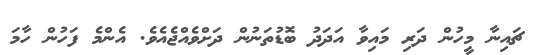
ޗައިނާ މީހުން ދަރި މައިވާ އަދަދު ބޮޑުތަނުން ދަށްވެއްޖެއެވެ. އެންމެ ފަހުން ހާމަ